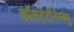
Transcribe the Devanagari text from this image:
कोंसटेंटीनेस्क्यु